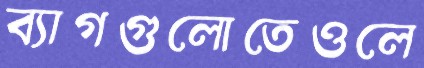
ব্যাগগুলোতেওলে